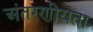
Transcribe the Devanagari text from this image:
अंतरणीयता